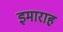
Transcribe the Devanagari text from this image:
इमाराह